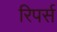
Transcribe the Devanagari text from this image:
रिपर्स